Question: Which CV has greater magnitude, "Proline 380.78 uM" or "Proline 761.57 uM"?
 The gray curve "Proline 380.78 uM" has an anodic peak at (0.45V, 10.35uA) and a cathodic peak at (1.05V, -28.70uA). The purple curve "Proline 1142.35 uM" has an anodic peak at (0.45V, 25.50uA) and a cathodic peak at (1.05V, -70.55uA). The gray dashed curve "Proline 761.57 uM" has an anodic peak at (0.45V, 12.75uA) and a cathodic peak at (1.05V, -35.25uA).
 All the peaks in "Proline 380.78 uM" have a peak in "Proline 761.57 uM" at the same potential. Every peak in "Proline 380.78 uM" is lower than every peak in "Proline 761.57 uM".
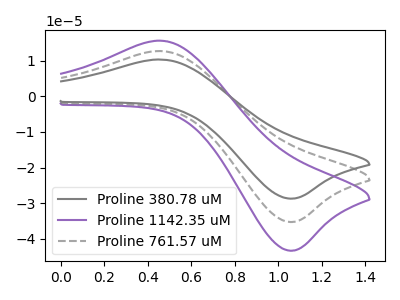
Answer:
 <answer>"Proline 380.78 uM" has less signal than "Proline 761.57 uM".</answer>
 <eval>less_signal</eval>